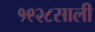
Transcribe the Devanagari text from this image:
१९२८साली